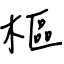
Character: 樞